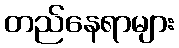
တည်နေရာများ